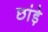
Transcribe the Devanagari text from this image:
छांड़े